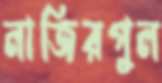
নাজিরপুল